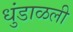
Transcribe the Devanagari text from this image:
धुंडाळली